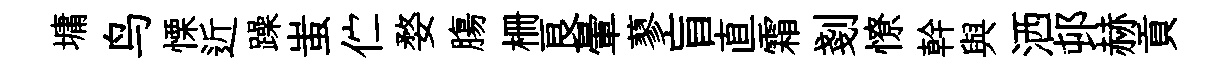
墉鸟慄近躁蚩伫婺膓栅良暈蓼盲直霜剗憭幹與洒邨赫貢